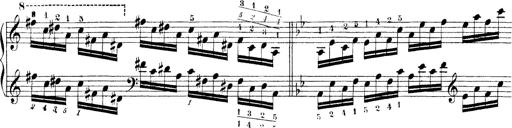
Title: Technische Studien
Composer: Franz Liszt